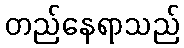
တည်နေရာသည်